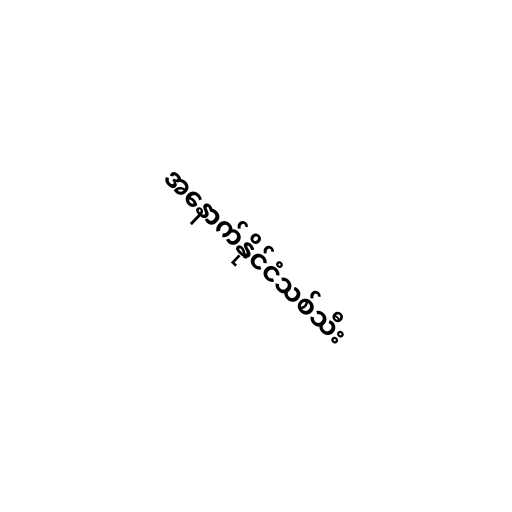
အနောက်နိုင်ငံသစ်သီး